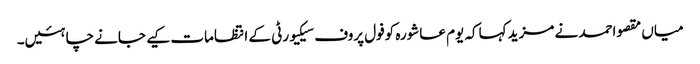
میاں مقصواحمد نے مزید کہاکہ یوم عاشورہ کوفول پروف سیکیورٹی کے انتظامات کیے جانے چاہئیں۔